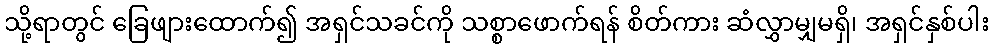
သို့ရာတွင် ခြေဖျားထောက်၍ အရှင်သခင်ကို သစ္စာဖောက်ရန် စိတ်ကား ဆံလွှာမျှမရှိ၊ အရှင်နှစ်ပါး